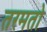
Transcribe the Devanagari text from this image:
तरमतो